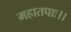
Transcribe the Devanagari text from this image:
महातपाः।।